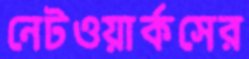
নেটওয়ার্কসের